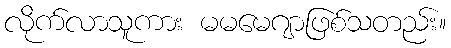
လိုက်လာသူကား မမမေဂျာဖြစ်သတည်း။